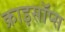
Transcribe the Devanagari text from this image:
क्राइसॉप्स